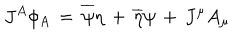
J ^ { A } \phi _ { A } \, = \, \overline { { \psi } } \eta \, + \, \overline { { \eta } } \psi \, + \, J ^ { \mu } A _ { \mu }